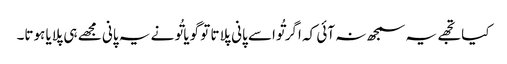
کیا تجھے یہ سمجھ نہ آئی کہ اگر تُواسے پانی پلاتا تو گویا تُو نے یہ پانی مجھے ہی پلایا ہوتا۔